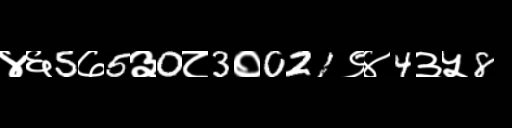
Text: ४६5७5३0८3०021९४4३५8